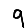
Digit: 9